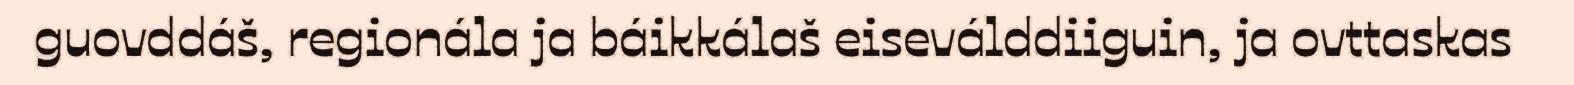
guovddáš, regionála ja báikkálaš eiseválddiiguin, ja ovttaskas